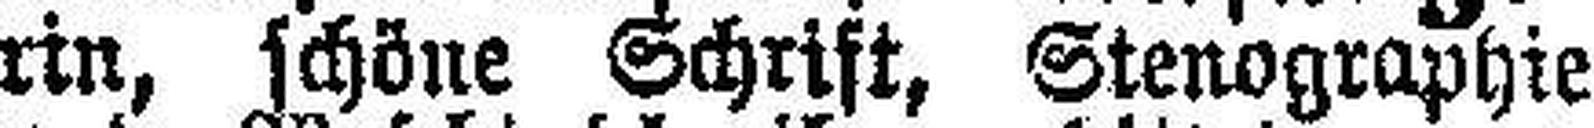
rin, schöne Schrift, Stenographie